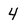
Character: 4